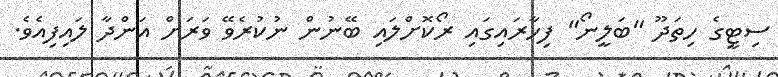
ސިޓީގެ ހިތަދޫ "ބަލީނޯ" ފިހާރައިގައި ރޯކޮށްލައި ބޭނުން ނުކުރެވޭ ވަރަށް އަންދާ ލައިފިއެވެ.